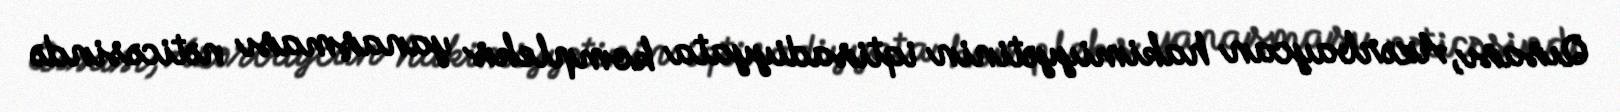
Qısası, Azərbaycan hakimiyyətinin iqtisadiyyata kompleks yanaşması nəticəsində